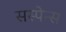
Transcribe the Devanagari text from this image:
सस्पेन्स